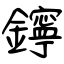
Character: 鑏